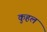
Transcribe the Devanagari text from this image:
कुहल